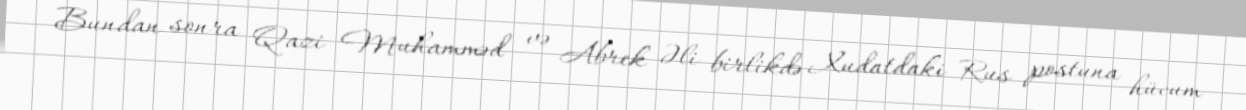
Bundan sonra Qazi Muhamməd və Abrek Əli birlikdə Xudatdaki Rus postuna hücum